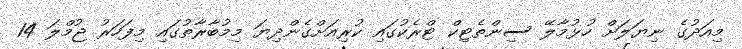
މިއަދުގެ ނިޔަލަށް ހުޅުމާލޭ ސިންތެޓިކް ޓްރެކުގައި ކުރިއަށްގެންދިޔަ މިމުބާރާތުގައި މިފަހަރު ޖުމްލަ 14